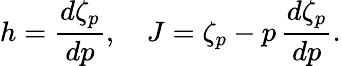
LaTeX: h=\frac{d\zeta_{p}}{dp},\quad J=\zeta_{p}-p\, \frac{d\zeta_{p}}{dp}.